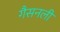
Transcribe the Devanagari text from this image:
गैसनली